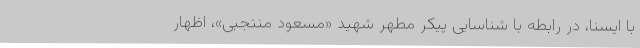
با ایسنا، در رابطه با شناسایی پیکر مطهر شهید «مسعود منتجبی»، اظهار